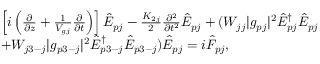
\begin{array} { r l } & { \left[ i \left( \frac { \partial } { \partial z } + \frac { 1 } { V _ { g j } } \frac { \partial } { \partial t } \right) \right] \hat { E } _ { p j } - \frac { K _ { 2 j } } { 2 } \frac { \partial ^ { 2 } } { \partial t ^ { 2 } } \hat { E } _ { p j } + ( W _ { j j } | g _ { p j } | ^ { 2 } \hat { E } _ { p j } ^ { \dag } \hat { E } _ { p j } } \\ & { + W _ { j 3 - j } | g _ { p 3 - j } | ^ { 2 } \hat { E } _ { p 3 - j } ^ { \dag } \hat { E } _ { p 3 - j } ) \hat { E } _ { p j } = i { \hat { \cal F } } _ { p j } , } \end{array}